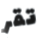
تقر